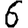
Digit: 6